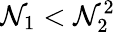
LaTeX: \mathcal{N}_{1}<\mathcal{N}_{2}^{2}